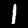
Digit: 1